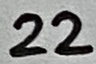
Text: 22